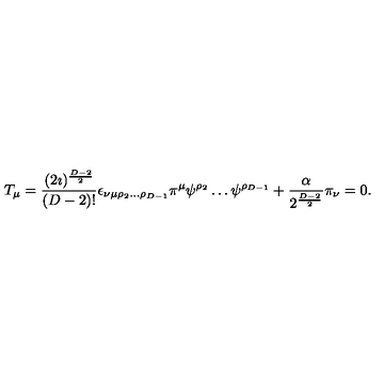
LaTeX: T _ { \mu } = \frac { ( 2 \imath ) ^ { \frac { D - 2 } { 2 } } } { ( D - 2 ) ! } \epsilon _ { \nu \mu \rho _ { 2 } \ldots \rho _ { D - 1 } } \pi ^ { \mu } \psi ^ { \rho _ { 2 } } \ldots \psi ^ { \rho _ { D - 1 } } + \frac { \alpha } { 2 ^ { \frac { D - 2 } { 2 } } } \pi _ { \nu } = 0 .